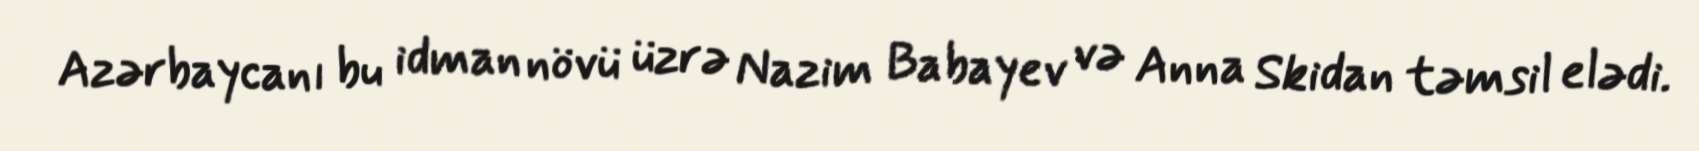
Azərbaycanı bu idman növü üzrə Nazim Babayev və Anna Skidan təmsil elədi.